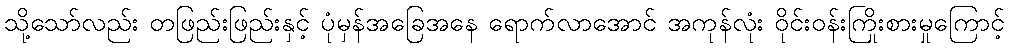
သို့သော်လည်း တဖြည်းဖြည်းနှင့် ပုံမှန်အခြေအနေ ရောက်လာအောင် အကုန်လုံး ဝိုင်းဝန်းကြိုးစားမှုကြောင့်